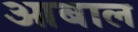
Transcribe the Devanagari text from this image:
आबाल